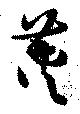
莢